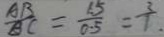
\frac { A B } { A C } = \frac { 1 . 5 } { 0 . 5 } = \frac { 3 } { 1 . }